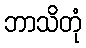
ဘာသိတုံ